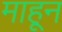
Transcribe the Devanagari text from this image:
माहून